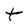
Character: T